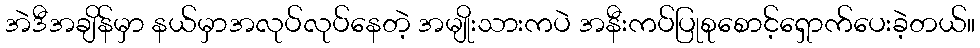
အဲဒီအချိန်မှာ နယ်မှာအလုပ်လုပ်နေတဲ့ အမျိုးသားကပဲ အနီးကပ်ပြုစုစောင့်ရှောက်ပေးခဲ့တယ်။